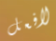
لافعل